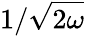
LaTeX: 1/\sqrt{2\omega}